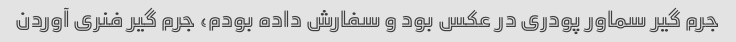
جرم گیر سماور پودری در عکس بود و سفارش داده بودم، جرم گیر فنری آوردن